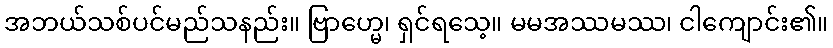
အဘယ်သစ်ပင်မည်သနည်း။ ဗြာဟ္မေ၊ ရှင်ရသေ့။ မမအဿမဿ၊ ငါကျောင်း၏။